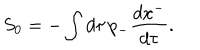
LaTeX: S _ { 0 } = - \int d \tau \, p _ { - } { \frac { d x ^ { - } } { d \tau } } .